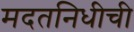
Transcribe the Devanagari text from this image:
मदतनिधीची